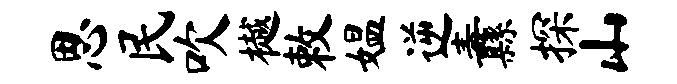
思民吹樾敕媪逆纛探山